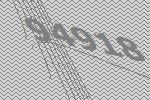
94918